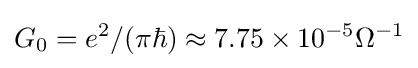
G_{0}=e^{2}/(\pi \hbar )\approx 7.75\times 10^{-5}\Omega ^{-1}